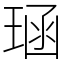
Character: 𪻱